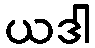
ယဒါ